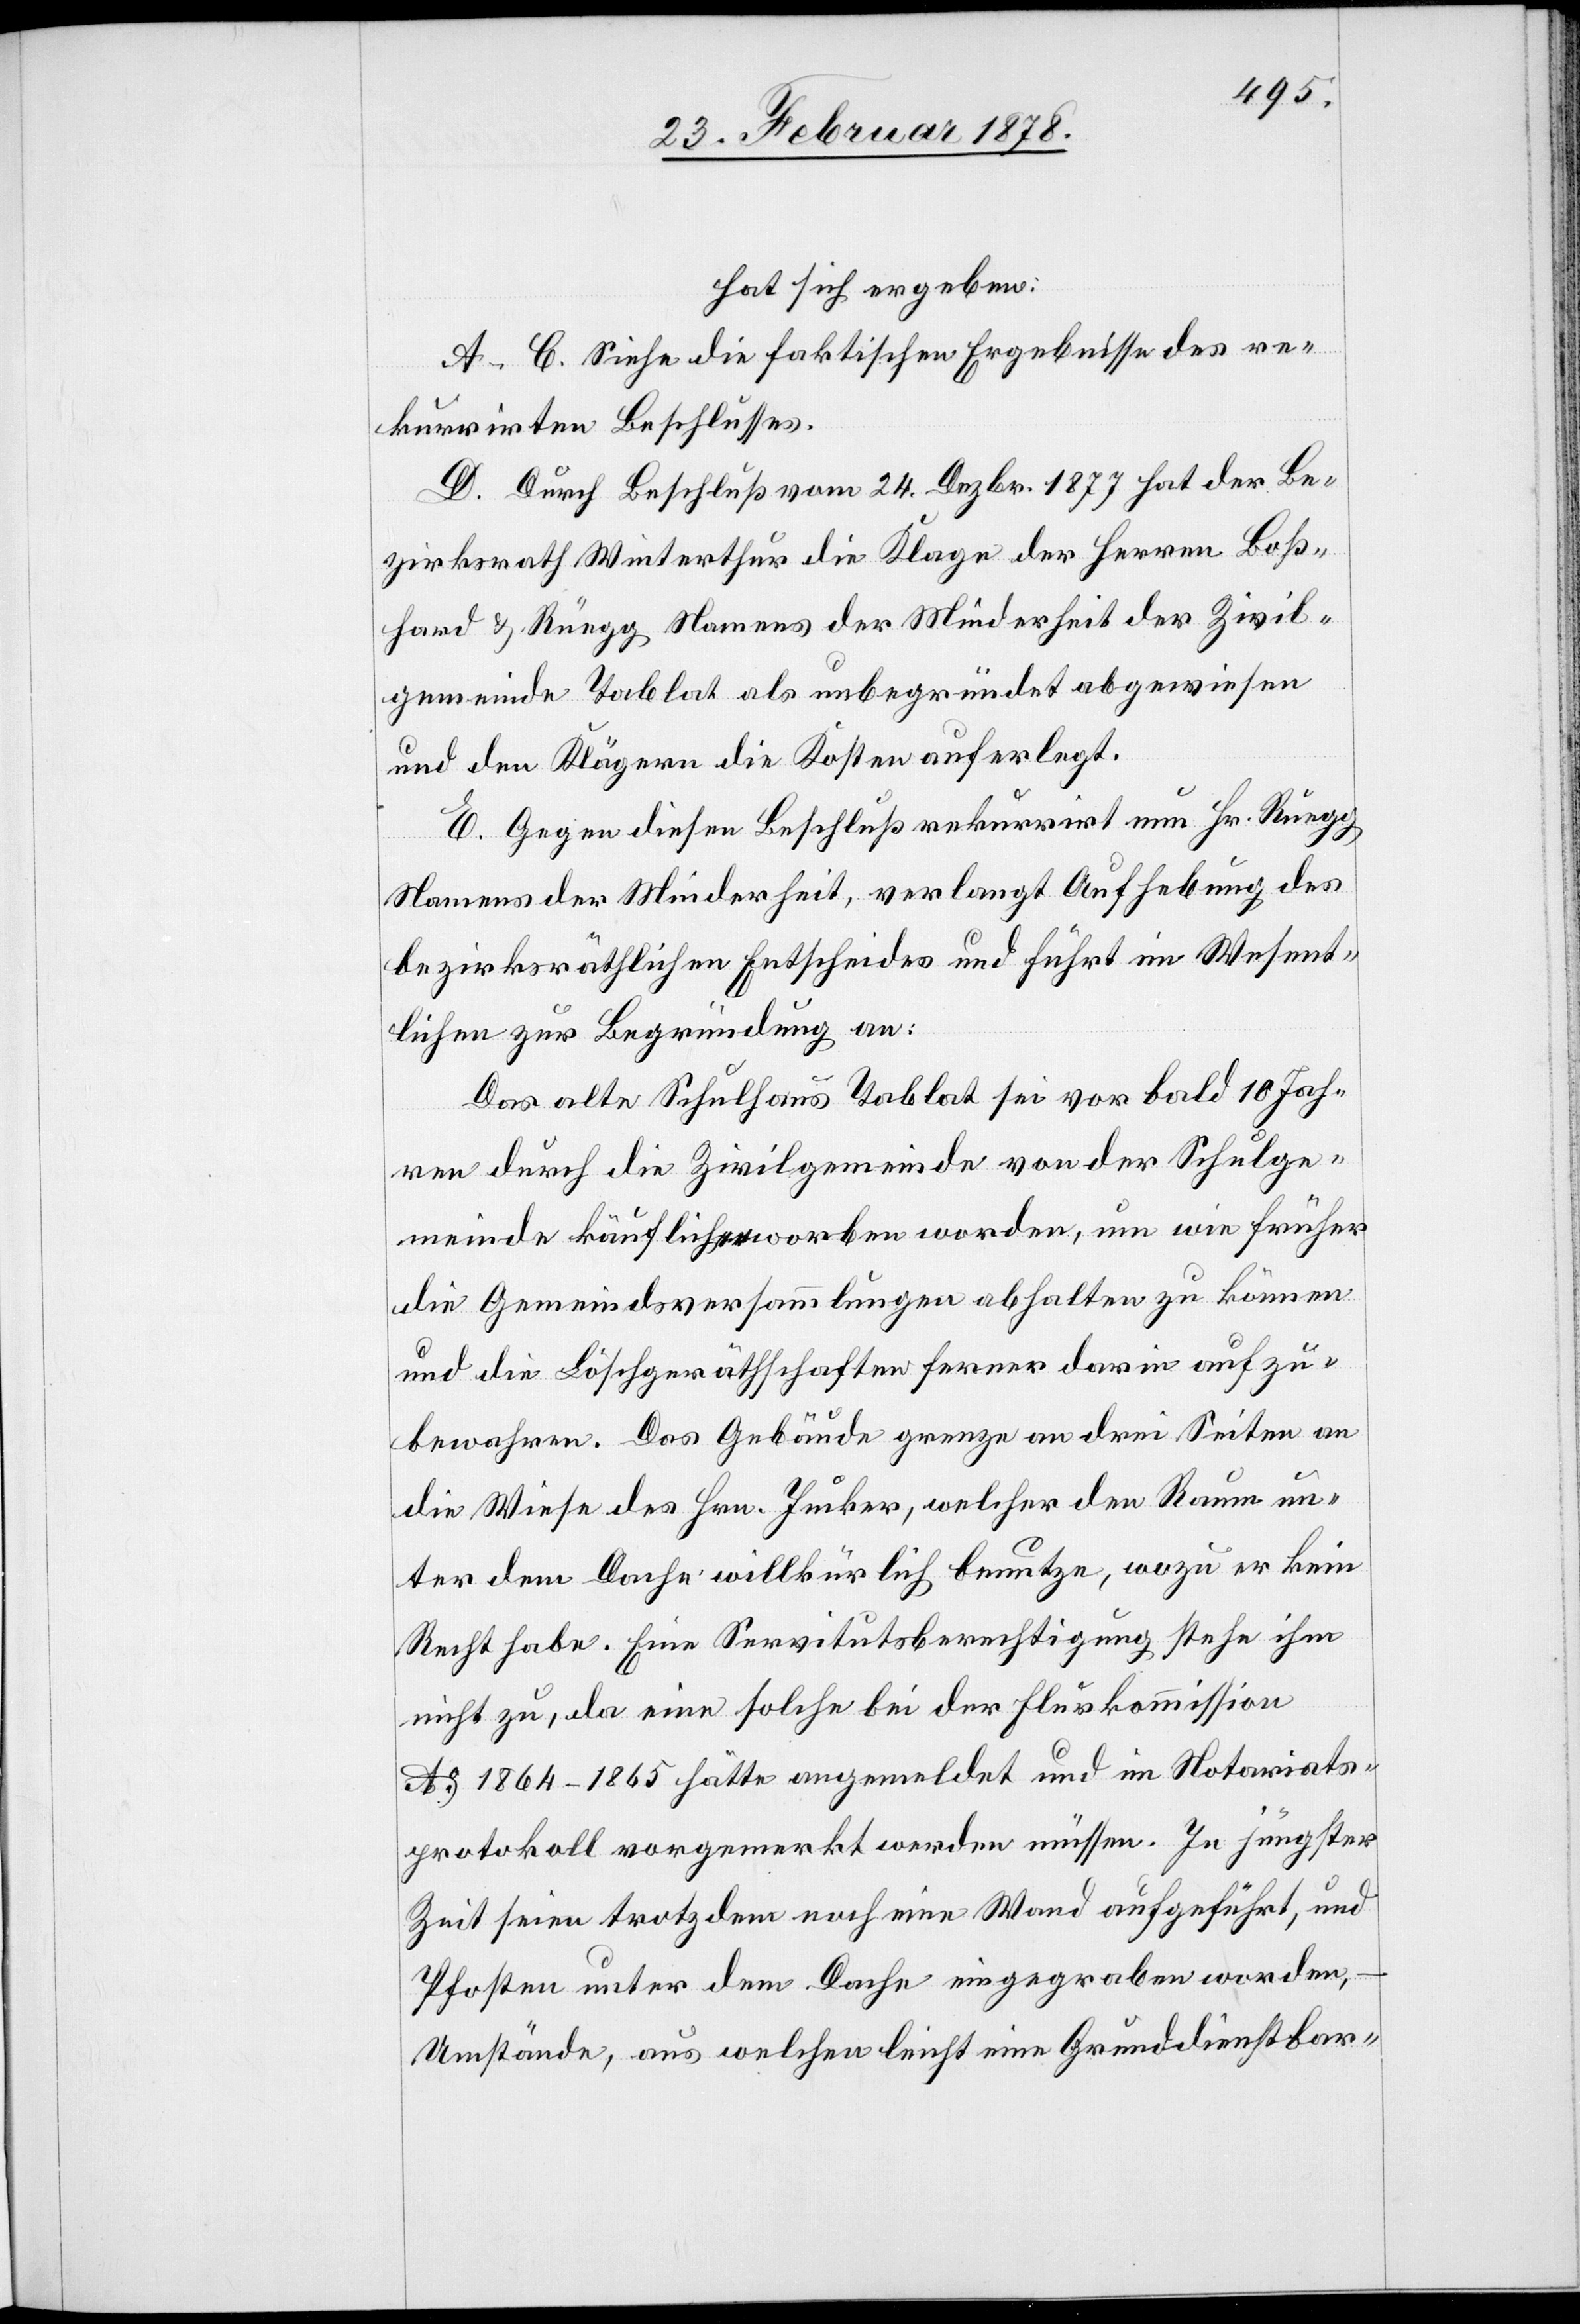
hat sich ergeben:
A–C. Siehe die faktischen Ergebnisse des re¬
kurrirten Beschlusses.
D. Durch Beschluß vom 24. Dezbr. 1877 hat der Be¬
zirksrath Winterthur die Klage der Herren Boß¬
hard & Rüegg Namens der Minderheit der Zivil¬
gemeinde Tablat als unbegründet abgewiesen
und den Klägern die Kosten auferlegt.
E. Gegen diesen Beschluß rekurrirt nun Hr. Rüegg
Namens der Minderheit, verlangt Aufhebung des
bezirksräthlichen Entscheides und führt im Wesent¬
lichen zur Begründung an:
Das alte Schulhaus Tablat sei vor bald 10 Jah¬
ren durch die Zivilgemeinde von der Schulge¬
meinde käuflich erworben worden, um wie früher
die Gemeindsversammlungen abhalten zu können
und die Löschgeräthschaften ferner darin aufzu¬
bewahren. Das Gebäude grenze an drei Seiten an
die Wiese des Hrn. Jucker, welcher den Raum un¬
ter dem Dache willkürlich benutze, wozu er kein
Recht habe. Eine Servitutsberechtigung stehe ihm
nicht zu, da eine solche bei der Flurkommission
Ao 1864–1865 hätte angemeldet und im Notariats¬
protokoll vorgemerkt werden müssen. In jüngster
Zeit seien trotzdem noch eine Wand aufgeführt, und
Pfosten unter dem Dache eingegraben worden,
Umstände, aus welchen leicht eine Grunddienstbar-